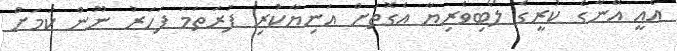
އެއީ އޭނާގެ ކުރީގެ ލޯބިވެރިޔާ އެގޮތަށް އަނިޔާކުރި ފުރަތަމަ ފަހަރު ނޫން ކަމަށް